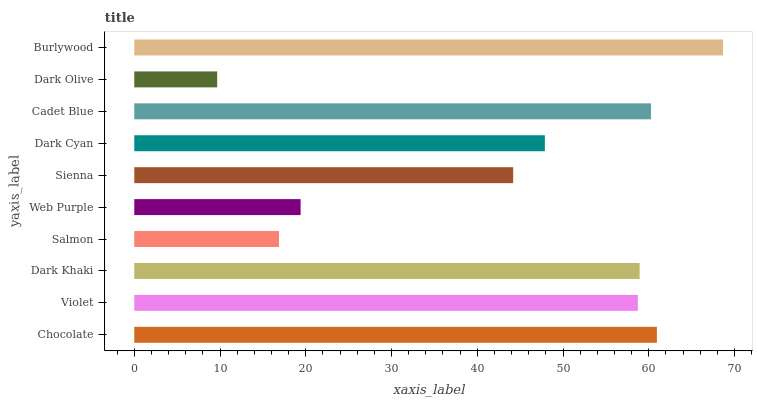
| yaxis_label | bars |
 | --- | --- |
 | Chocolate | 60.9 |
 | Violet | 58.7 |
 | Dark Khaki | 58.9 |
 | Salmon | 16.9 |
 | Web Purple | 19.4 |
 | Sienna | 44.2 |
 | Dark Cyan | 47.9 |
 | Cadet Blue | 60.3 |
 | Dark Olive | 9.67 |
 | Burlywood | 68.7 |